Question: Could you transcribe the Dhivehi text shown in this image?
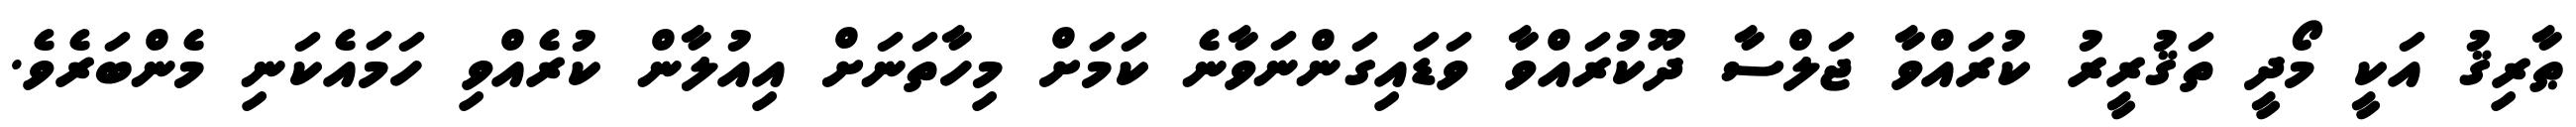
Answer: ޠާރިޤު އަކީ މޯދީ ތަޤުރީރު ކުރައްވާ ޖަލްސާ ދޫކުރައްވާ ވަޑައިގަންނަވާނެ ކަމަށް މިހާތަނަށް އިއުލާން ކުރެއްވި ހަމައެކަނި މެންބަރެވެ.